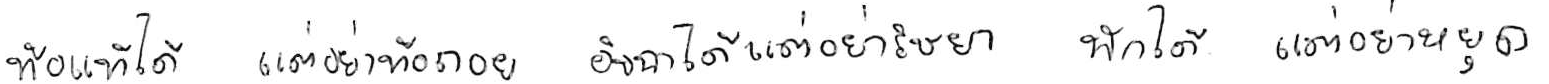
ท้อแท้ได้ แต่อย่าท้อถอย อิจฉาได้ แต่อย่าริษยา พักได้ แต่อย่าหยุด